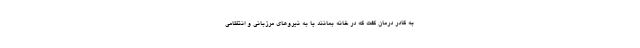
به کادر درمان گفت که در خانه بمانند یا به نیروهای مرزبانی و انتظامی